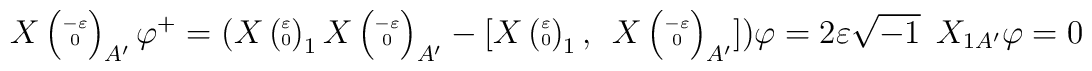
X\left(\scriptscriptstyle{\stackrel{-\varepsilon}{0}}\right)_{A'} \varphi^+ =(X\left(\scriptscriptstyle{\stackrel{\varepsilon}{0}}\right)_{1}X\left(\scriptscriptstyle{\stackrel{-\varepsilon}{0}}\right)_{A'} -[X\left(\scriptscriptstyle{\stackrel{\varepsilon}{0}}\right)_{1}, \hskip.2cmX\left(\scriptscriptstyle{\stackrel{-\varepsilon}{0}}\right)_{A'}]) \varphi = 2\varepsilon \sqrt{-1} \hskip.2cmX_{1A'} \varphi =0